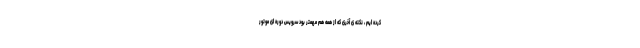
کرده ایم ، نکته ی آخری که از همه هم مهمتر بود سرویس دوره ای موتور